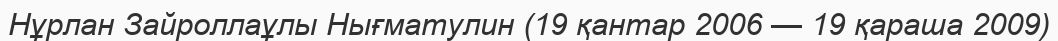
Нұрлан Зайроллаұлы Нығматулин (19 қантар 2006 — 19 қараша 2009)